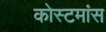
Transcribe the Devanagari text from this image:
कोस्टमांस